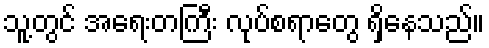
သူ့တွင် အရေးတကြီး လုပ်စရာတွေ ရှိနေသည်။